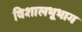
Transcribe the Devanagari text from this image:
विशालभूभाग